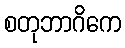
စတုဘာဂိကေ